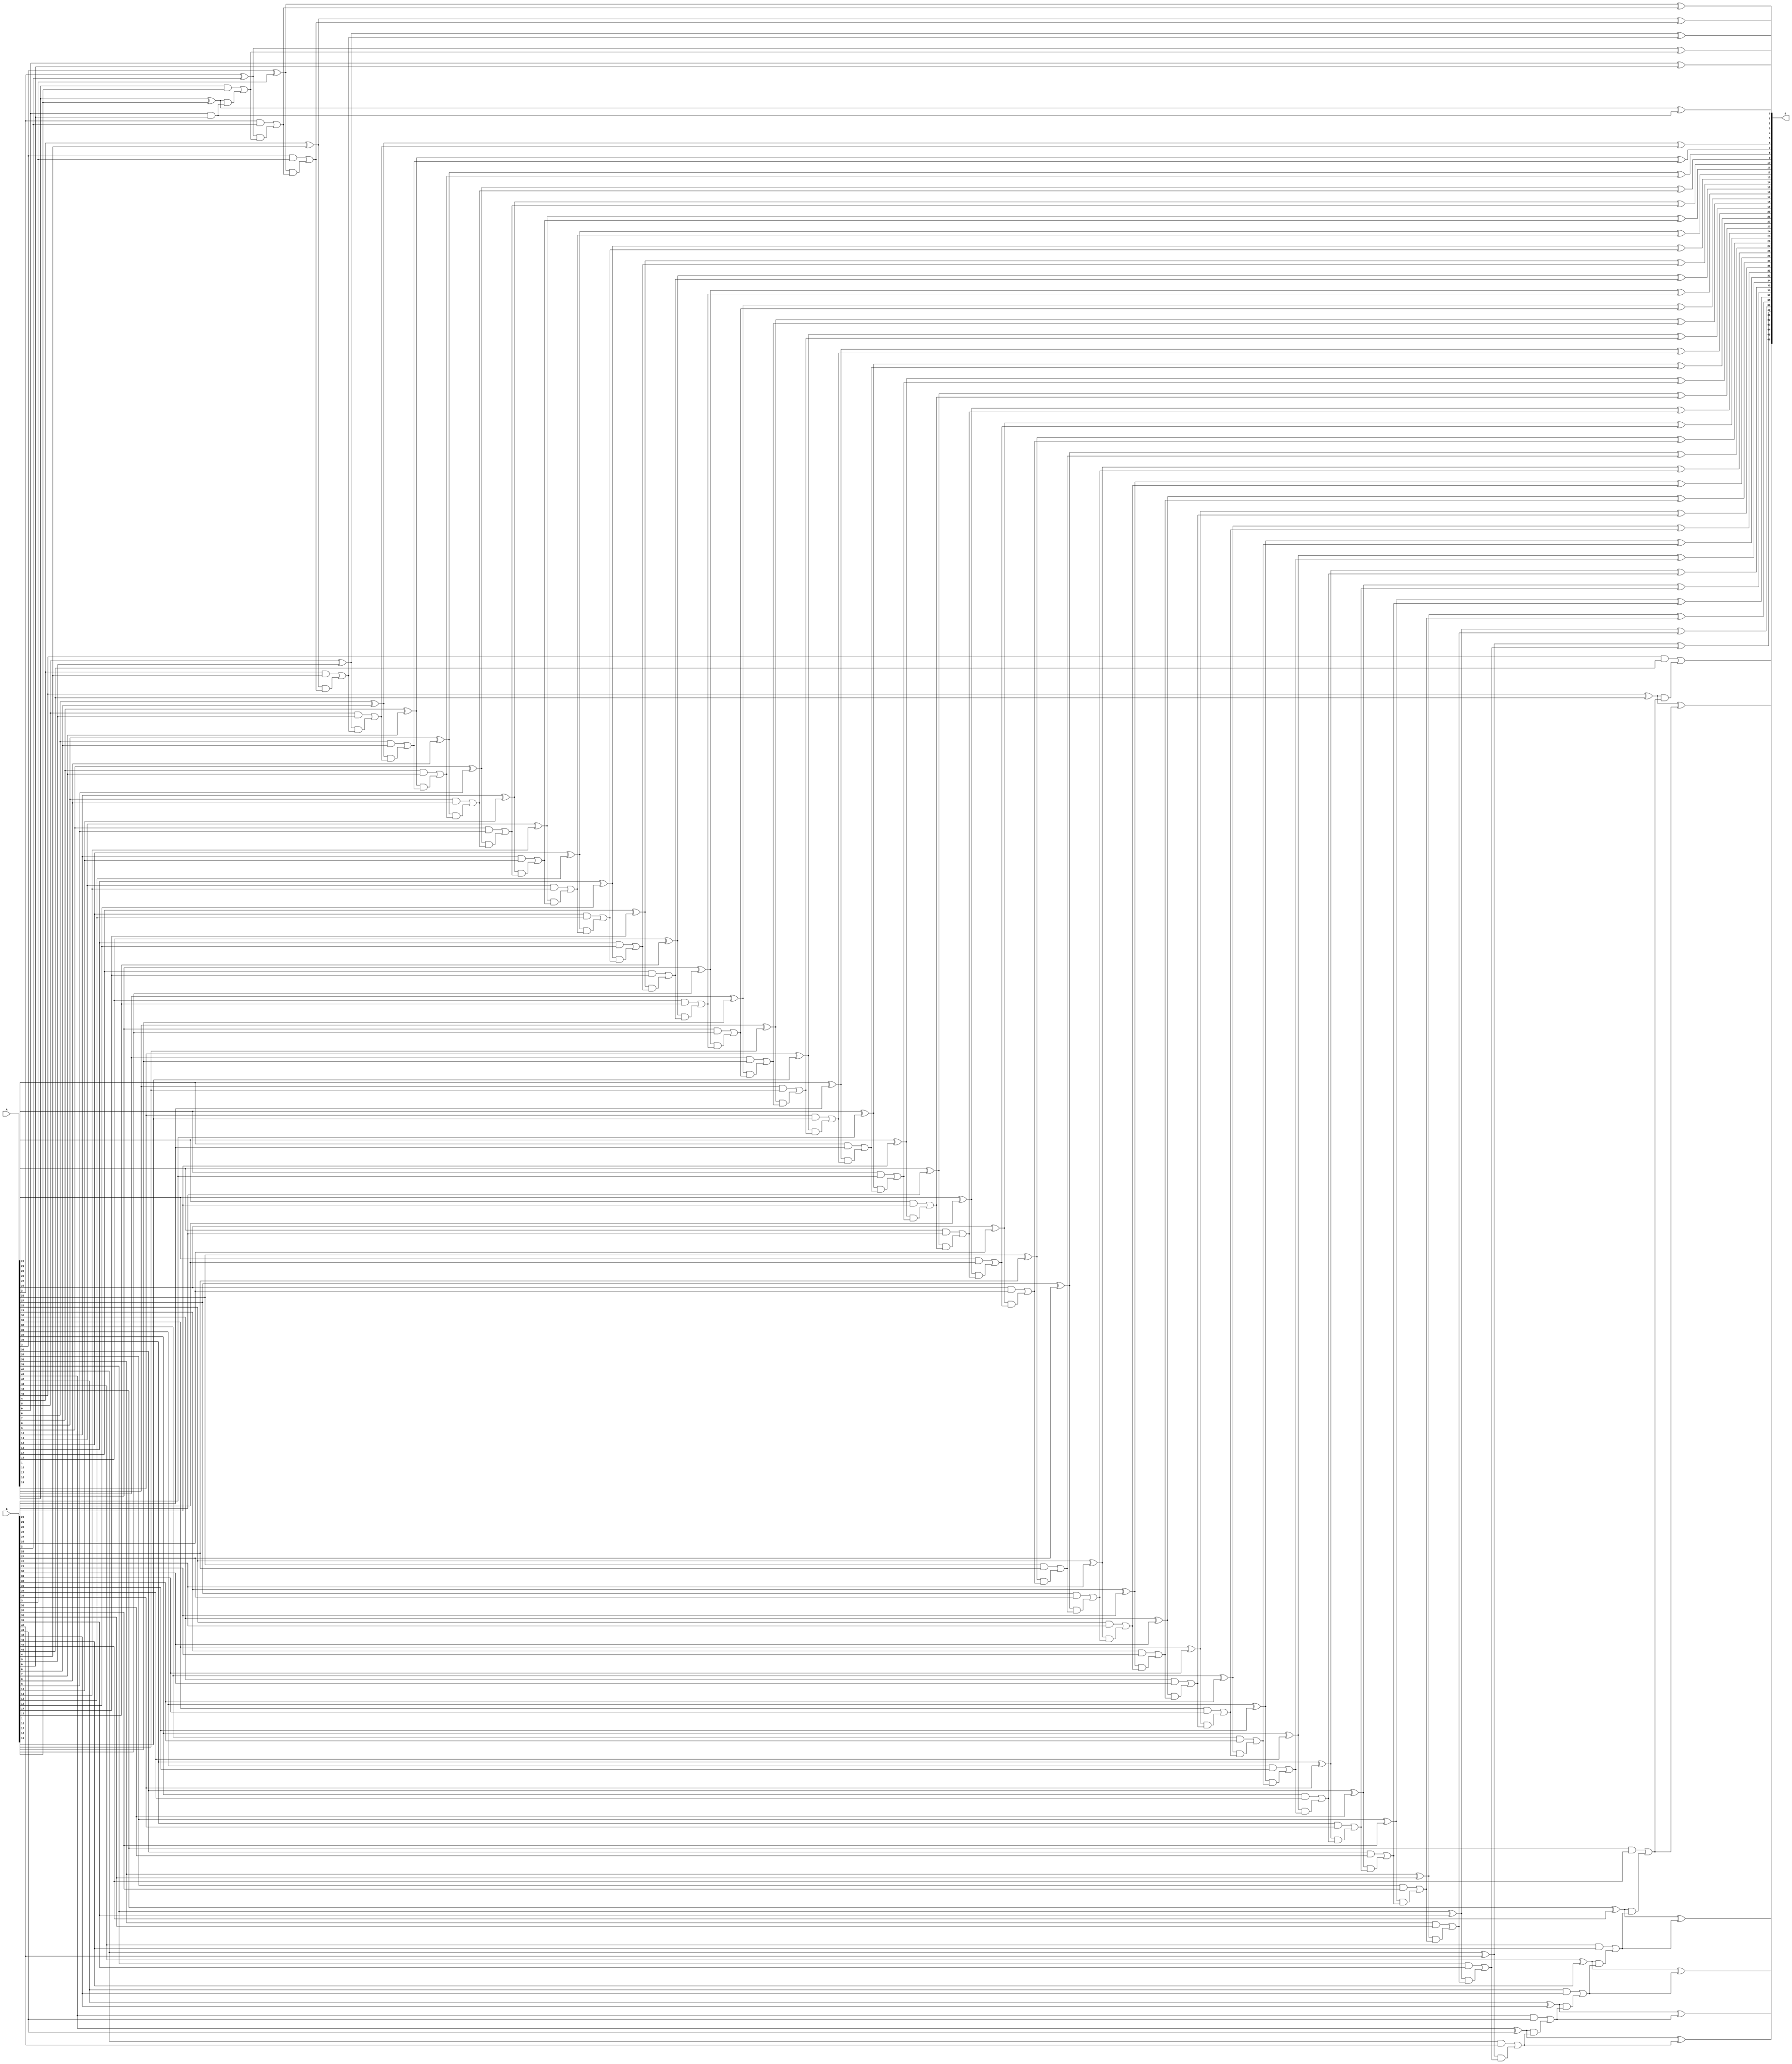
module cla46(S,A,B);

parameter WIDTH=46;
input      [WIDTH-1:0]A,B;
output reg [WIDTH:0]S;
reg [WIDTH:0] C;
reg [WIDTH-1:0] G,P;
integer ii;
 
always @* begin
  C[0] = 1'b0;
  for(ii=0;ii<WIDTH;ii=ii+1) 
  begin
    G[ii] = A[ii] & B[ii];
    P[ii] = A[ii] ^ B[ii];
    C[ii+1] = G[ii] | (P[ii]&C[ii]);
    S[ii] = P[ii] ^ C[ii];
  end
  S[WIDTH] = C[WIDTH];
end
endmodule